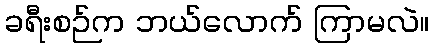
ခရီးစဉ်က ဘယ်လောက် ကြာမလဲ။